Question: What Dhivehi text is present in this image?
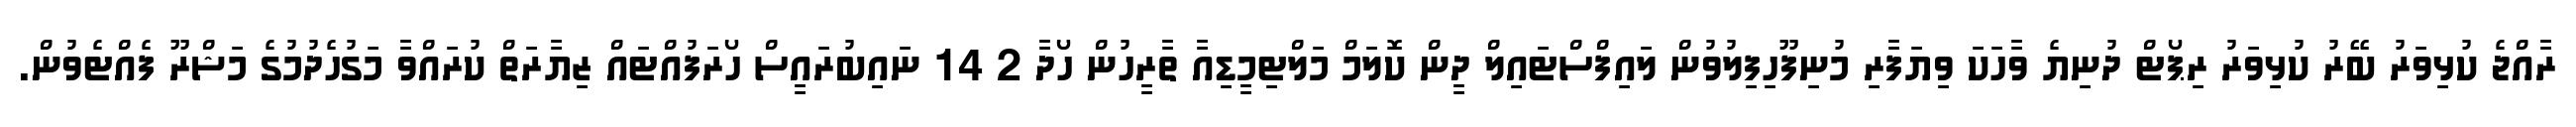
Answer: ރާއްޖެ ކުޅިވަރު ބޭރު ކުޅިވަރު ރިޕޯޓް ދުނިޔެ ވާހަކަ ވިޔަފާރި މުނިފޫހިފިލުވުން ލައިފްސްޓައިލް ދީން ކޮލަމް މަލްޓިމީޑިއާ ތާރީހުން ހޯދާ 2 14 ނައިބުރައީސް ހޯރަފުއްޓައް ޒިޔާރަތް ކުރައްވާ މަގުހެދުމުގެ މަޝްރޫ ފެއްޓެވުން.